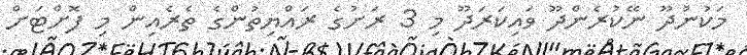
މަކުނުދޫ ނޭކުރެންދޫ ވައިކަރަދޫ މި 3 ރަށުގެ ރައްޔިތުންގެ ތެރެއިން މި ފޮށްޓަށް